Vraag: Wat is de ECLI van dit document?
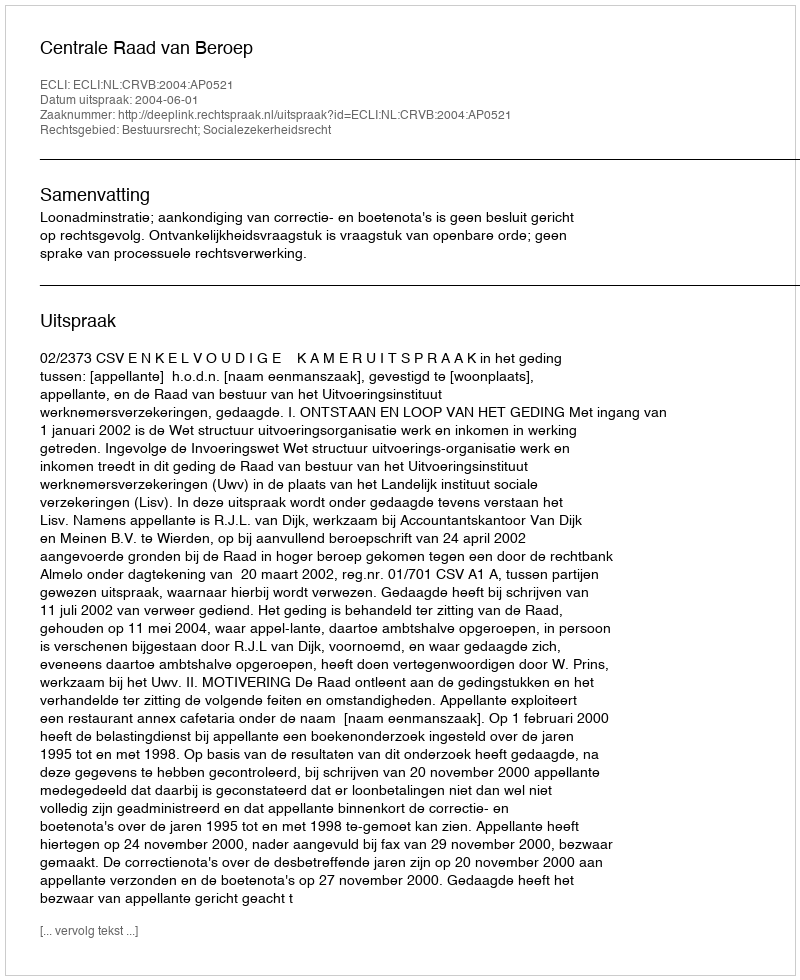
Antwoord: ECLI:NL:CRVB:2004:AP0521